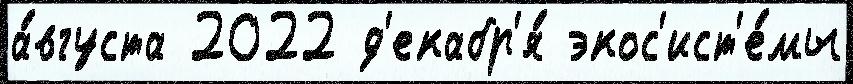
а́вгуста 2022 д'екабр'я́ экос'ист'е́мы